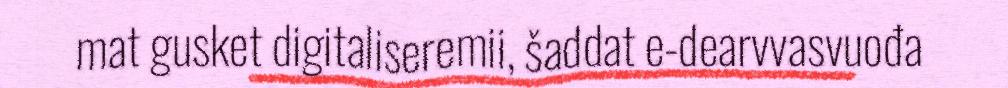
mat gusket digitaliseremii, šaddat e-dearvvasvuođa